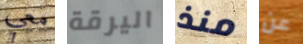
معي اليرقة منذ عن